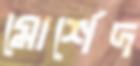
মোর্শেদ